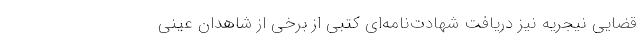
قضایی نیجریه نیز دریافت شهادت‌نامه‌ای کتبی از برخی از شاهدان عینی